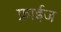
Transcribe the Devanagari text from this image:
फ्राईज